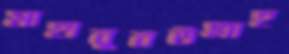
মাহাবুবউল্লাহ